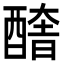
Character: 𨢔